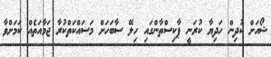
ޝޯއަށް ކުދިން ހަދިޔާ ކުރަނީ ޕާކިސްތާންގައި ހިލޭ ސާބަހަށް މަސައްކަތްކުރާ ޖަމާއަތެއް ކަމަށްވާ